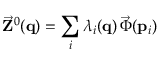
\vec { \bf Z } ^ { 0 } ( { \bf q } ) = \sum _ { i } \lambda _ { i } ( { \bf q } ) \, \vec { \boldsymbol { \Phi } } ( { \bf p } _ { i } )